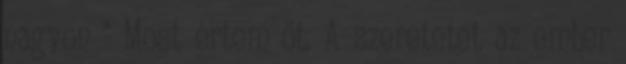
nagyon " Most értem őt. A szeretetet az ember